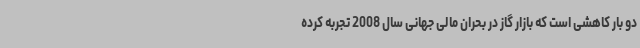
دو بار کاهشی است که بازار گاز در بحران مالی جهانی سال 2008 تجربه کرده